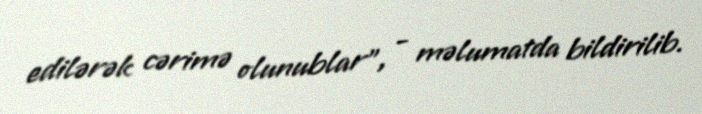
edilərək cərimə olunublar", - məlumatda bildirilib.